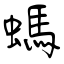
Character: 螞